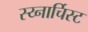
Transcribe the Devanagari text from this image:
स्य्नार्चिस्ट